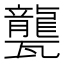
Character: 𤮨